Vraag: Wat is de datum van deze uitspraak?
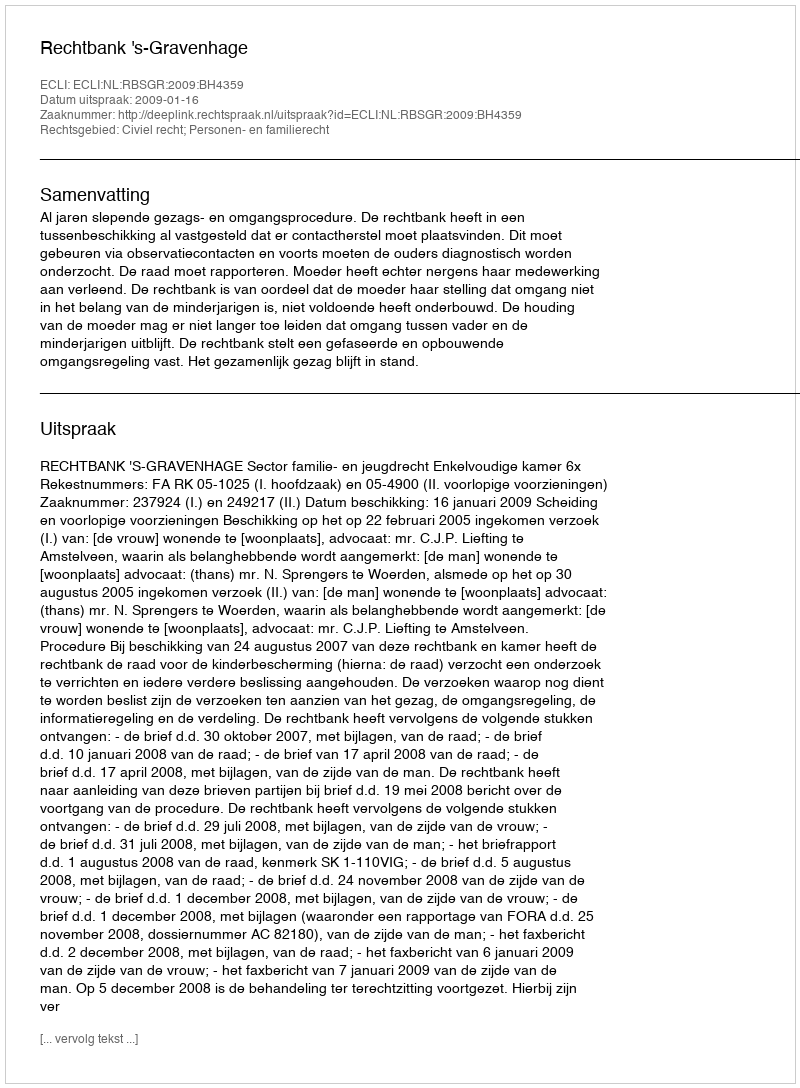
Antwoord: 2009-01-16